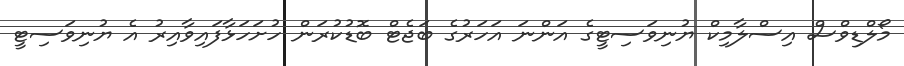
މޯލްޑިވްސް އިސްލާމިކް ޔުނިވަސިޓީގެ އަންނަ އަހަރުގެ ބަޖެޓް ބޮޑުކުރަން ހުށަހަޅާފައިވާއިރު އެ ޔުނިވަސިޓީ